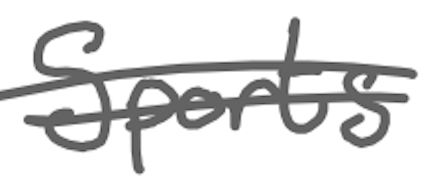
Text: Sports
Cross-out: double-line
Writing tool: digital_gray